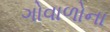
ગોવાળોના